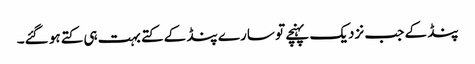
پنڈ کے جب نزدیک پہنچے تو سارے پنڈ کے کتے بہت ہی کتے ہو گئے۔